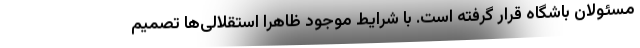
مسئولان باشگاه قرار گرفته است. با شرایط موجود ظاهرا استقلالی‌ها تصمیم